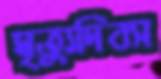
মৃত্যুদিবস